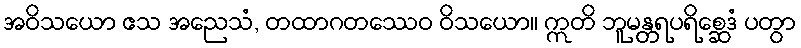
အဝိသယော ဧသ အညေသံ, တထာဂတဿေဝ ဝိသယော။ ဣတိ ဘူမန္တရပရိစ္ဆေဒံ ပတွာ